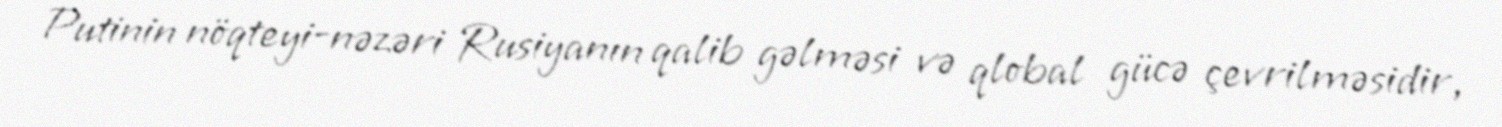
Putinin nöqteyi-nəzəri Rusiyanın qalib gəlməsi və qlobal gücə çevrilməsidir,